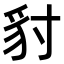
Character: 𧲣